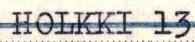
HOLKKI 13